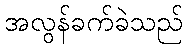
အလွန်ခက်ခဲသည်